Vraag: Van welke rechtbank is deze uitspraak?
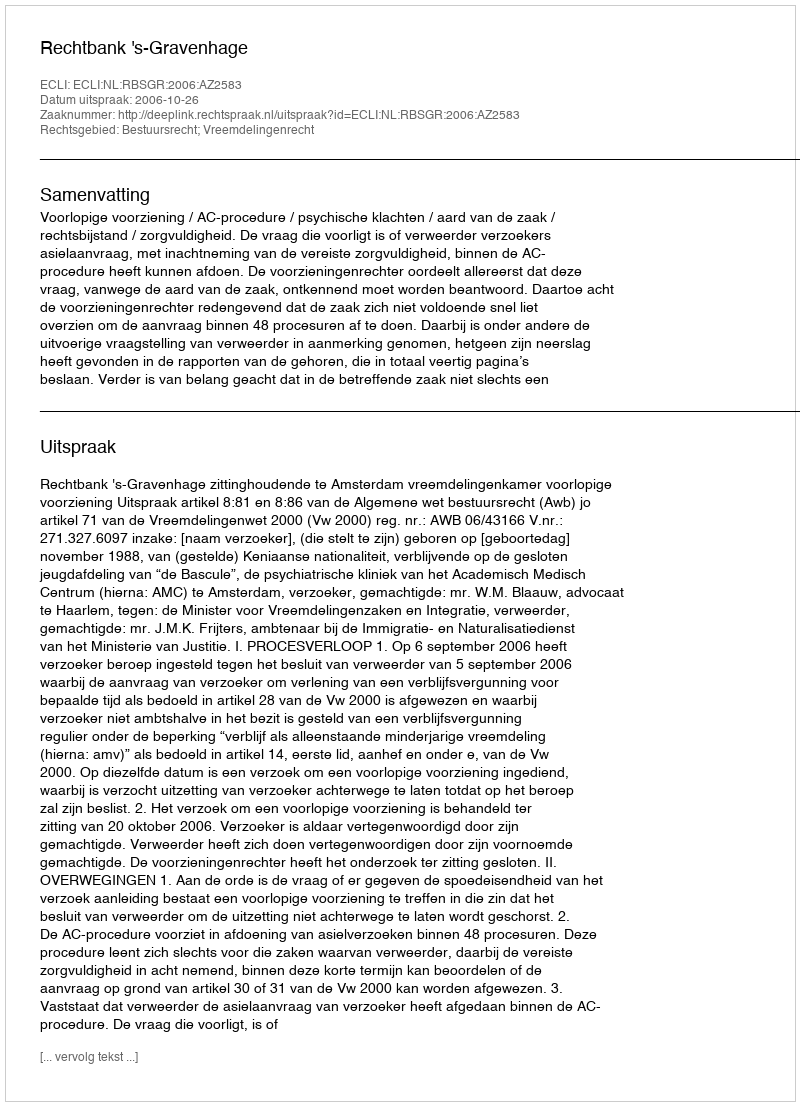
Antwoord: Rechtbank 's-Gravenhage